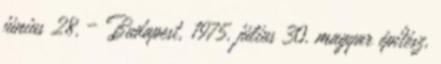
június 28. – Budapest, 1975. július 30. magyar építész,